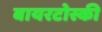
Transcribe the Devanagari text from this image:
बायरटोस्की